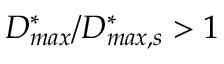
D _ { m a x } ^ { * } / D _ { m a x , s } ^ { * } > 1